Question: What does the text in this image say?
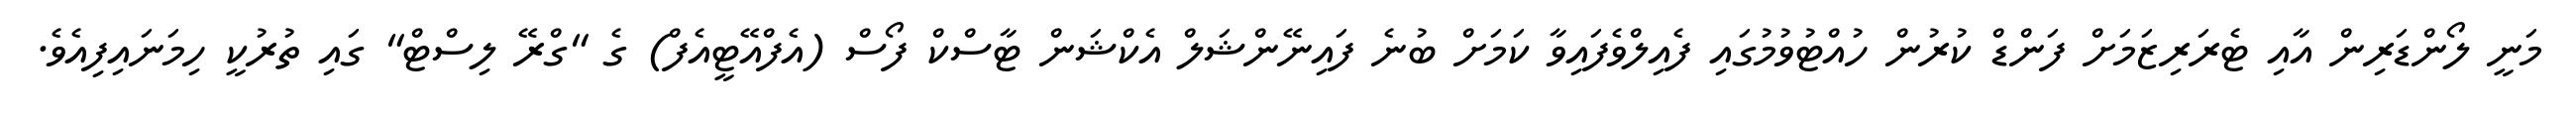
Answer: މަނީ ލޯންޑަރިން އާއި ޓެރަރިޒަމަށް ފަންޑް ކުރުން ހުއްޓުވުމުގައި ފެއިލްވެފައިވާ ކަމަށް ބުނެ ފައިނޭންޝަލް އެކްޝަން ޓާސްކް ފޯސް (އެފްއޭޓީއެފް) ގެ "ގްރޭ ލިސްޓް" ގައި ތުރުކީ ހިމަނައިފިއެވެ.